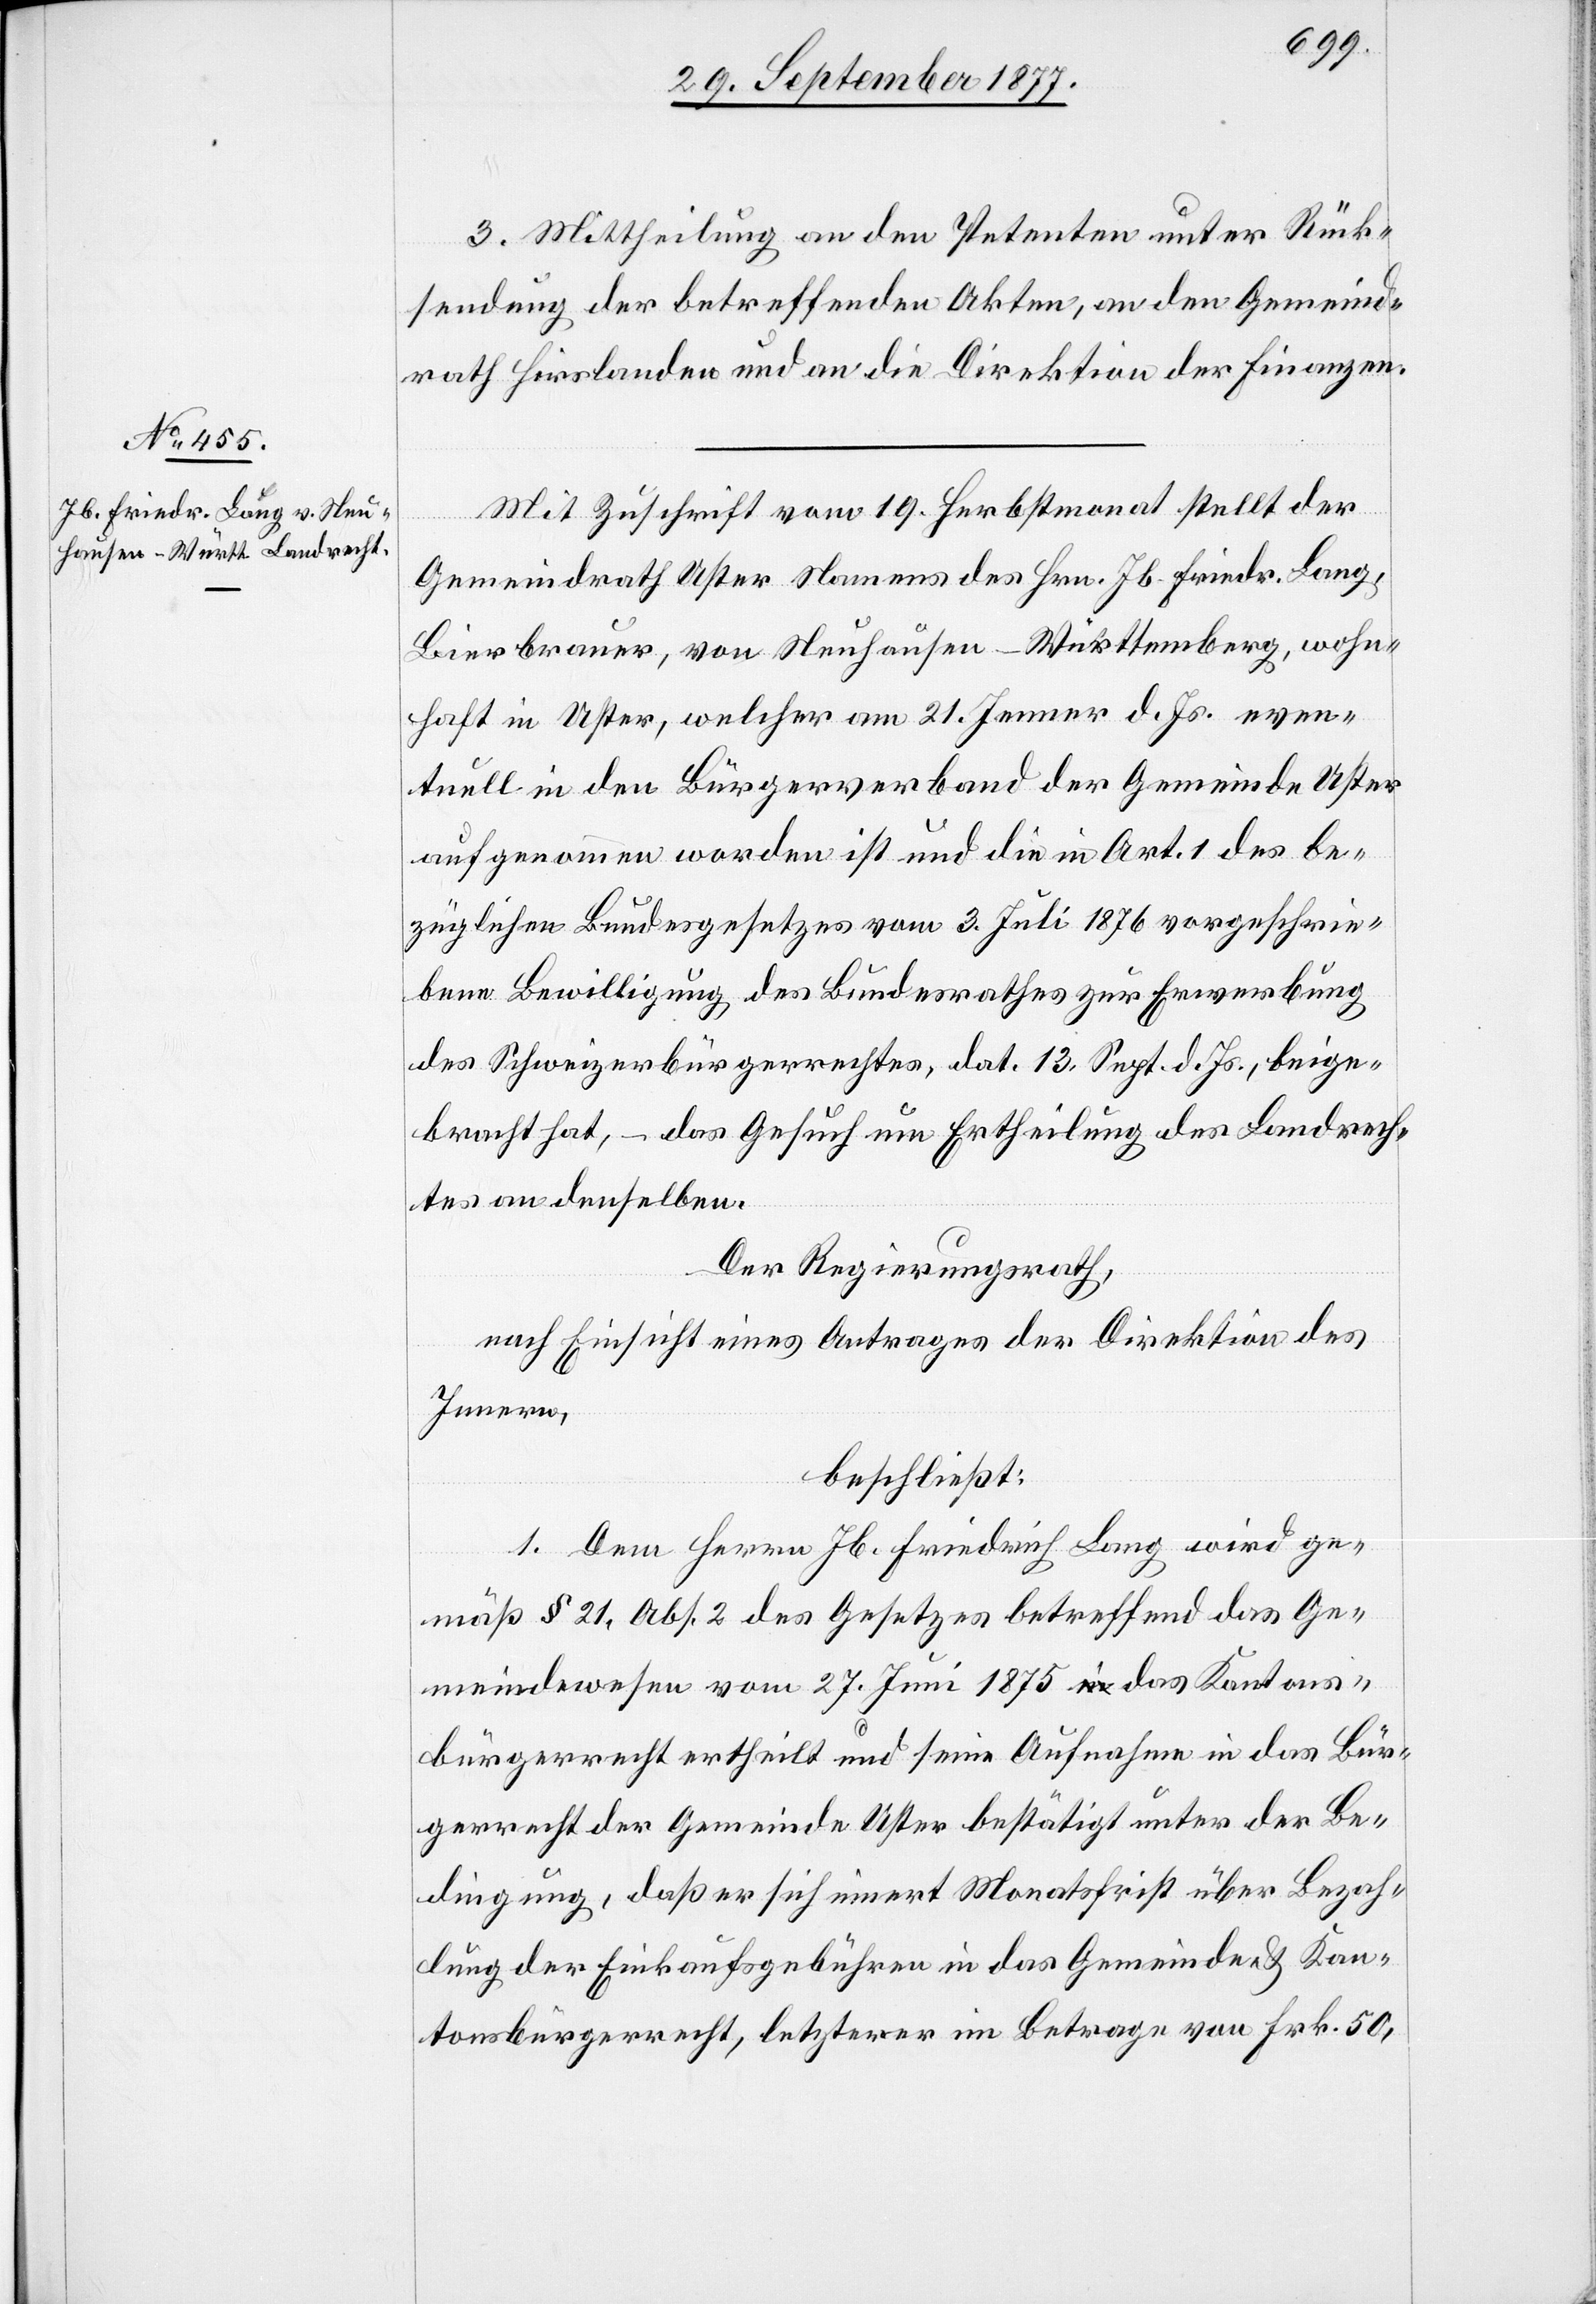
3. Mittheilung an den Petenten unter Rück¬
sendung der betreffenden Akten, an den Gemeind¬
rath Hirslanden und an die Direktion der Finanzen.
Mit Zuschrift vom 19. Herbstmonat stellt der
Gemeindrath Uster Namens des Hrn. Jb. Friedr. Lang,
Bierbrauer, von Neuhausen - Württemberg, wohn¬
haft in Uster, welcher am 21. Jenner d. Js. even¬
tuell in den Bürgerverband der Gemeinde Uster
aufgenommen worden ist und die in Art. 1 des be¬
züglichen Bundesgesetzes vom 3. Juli 1876 vorgeschrie¬
bene Bewilligung des Bundesrathes zur Erwerbung
des Schweizerbürgerrechtes, dat. 13. Sept. d. Js., beige¬
bracht hat, – das Gesuch um Ertheilung des Landrech¬
tes an denselben.
Der Regierungsrath,
nach Einsicht eines Antrages der Direktion des
Innern,
beschließt:
1. Dem Herrn Jb. Friedrich Lang wird ge¬
mäß § 21, Abs. 2 des Gesetzes betreffend das Ge¬
meindewesen vom 27. Juni 1875 a-in-a das Kantons¬
bürgerrecht ertheilt und seine Aufnahme in das Bür¬
gerrecht der Gemeinde Uster bestätigt unter der Be¬
dingung, daß er sich innert Monatsfrist über Bezah¬
lung der Einkaufsgebühren in das Gemeinde- & Kan¬
tonsbürgerrecht, letzterer im Betrage von Frk. 50,